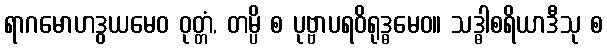
ရာဂမောဟဒွယမေဝ ဝုတ္တံ, တမ္ပိ စ ပုဗ္ဗာပရဝိရုဒ္ဓမေဝ။ သဒ္ဓါစရိယာဒီသု စ